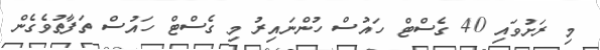
މި ރަށުވައި 40 ގެސްޓް ހައުސް ހުންނައިރު މި ގެސްޓް ހައުސް ތަފާތުވެގެން